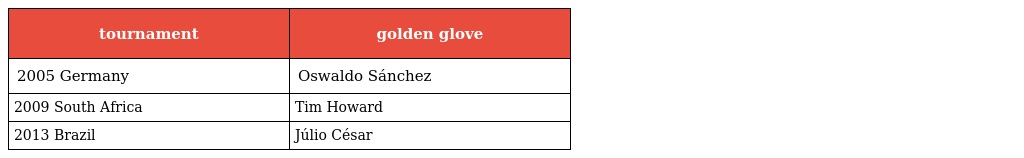
| tournament | golden glove |
 | --- | --- |
 | 2005 Germany | Oswaldo Sánchez |
 | 2009 South Africa | Tim Howard |
 | 2013 Brazil | Júlio César |